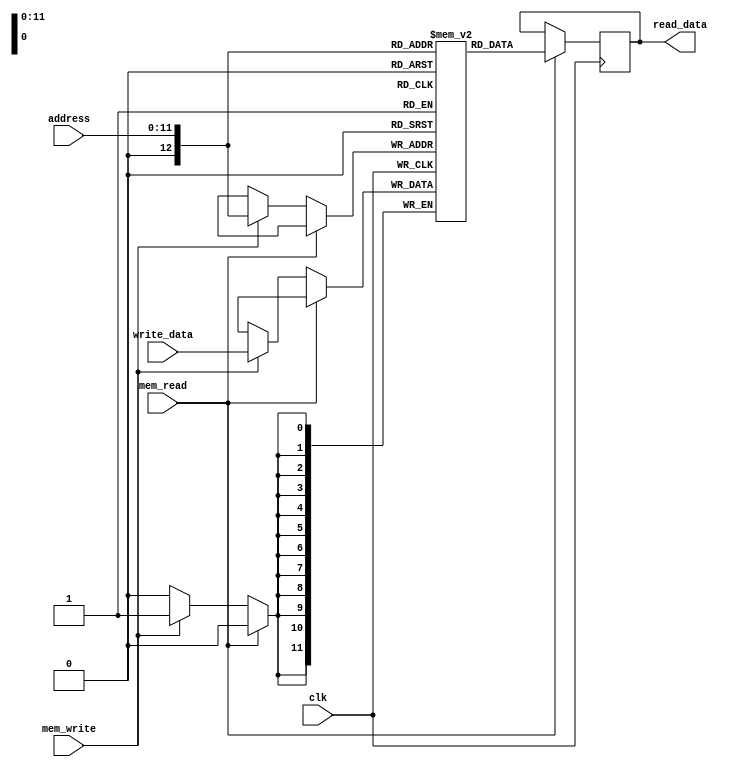
`timescale 1ns/1ns
module MEMORY(input clk, mem_read, mem_write, input[11:0] write_data, address, output reg [11:0] read_data);
 reg[11:0] data[4096:0];

 // in this section data must be filled
 initial begin
    // Instructions
    data[0] = 001001111101;


    // First array
    data [1000] = 12'b000000000000; // 0
    data [1001] = 12'b000000000000; // 0
    data [1002] = 12'b000000000000; // 0
    data [1003] = 12'b000000000000; // 0
    data [1004] = 12'b000000000001; // 1
    data [1005] = 12'b000000000000; // 0
    data [1006] = 12'b000000000010; // 2
    data [1007] = 12'b000000000100; // 4
    data [1008] = 12'b000000000000; // 0 
    data [1009] = 12'b000000000001; // 1
    // Second array
    data[2000] = 12'b000000000000; // 0
    data[2001] = 12'b000000000000; // 0
    data[2002] = 12'b000000000000; // 0
    data[2003] = 12'b000000000000; // 0
    data[2004] = 12'b000000000001; // 1
    data[2005] = 12'b000000000000; // 0
    data[2006] = 12'b000000000010; // 2
    data[2007] = 12'b000000000100; // 4
    data[2008] = 12'b000000000000; // 0
    data[2009] = 12'b000000000001; // 1


 end
 always @(posedge clk) begin
    if (mem_read)
        read_data <= data[address];
    else if (mem_write)
        data[address] <= write_data;
 end

endmodule